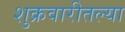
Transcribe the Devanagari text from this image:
शुक्रवारीतल्या